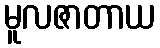
မူလဇာတာယ